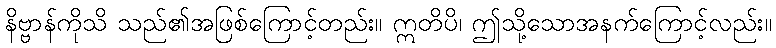
နိဗ္ဗာန်ကိုသိ သည်၏အဖြစ်ကြောင့်တည်း။ ဣတိပိ၊ ဤသို့သောအနက်ကြောင့်လည်း။